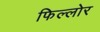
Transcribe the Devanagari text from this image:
फिल्लोर